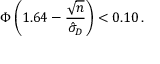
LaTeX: \Phi \left( 1 . 6 4 - { \frac { \sqrt { n } } { { \hat { \sigma } } _ { D } } } \right) < 0 . 1 0 \, .